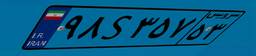
۹۸S۳۵۷۵۳